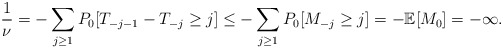
\begin{align*} \frac{1}{\nu}=-\sum_{j\geq1}P_0[T_{-j-1}-T_{-j}\geq j]\leq -\sum_{j\geq1}P_0[M_{-j}\geq j]=-\mathbb{E}[M_0]=-\infty. \end{align*}